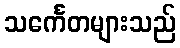
သင်္ကေတများသည်